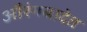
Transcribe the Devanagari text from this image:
औरंगबादेत